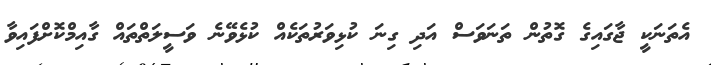
އެތަނަކީ ޖާގައިގެ ގޮތުން ތަނަވަސް އަދި ގިނަ ކުޅިވަރުތަކެއް ކުޅެވޭނެ ވަސީލަތްތައް ގާއިމްކޮށްފައިވާ